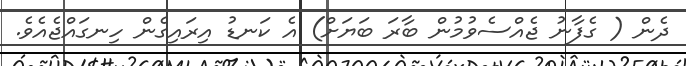
ދެން ( ގެފާނު ޖެއްސެވުމުން ބާރަ ބަޔަށް) އެ ކަނޑު އިރައިގެން ހިނގައްޖެއެވެ.